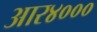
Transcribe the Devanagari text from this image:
आर४०००